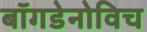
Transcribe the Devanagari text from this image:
बॉगडेनोविच